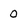
Character: 0